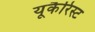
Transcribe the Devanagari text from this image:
यूकैरिस्ट